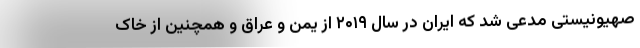
صهیونیستی مدعی شد که ایران در سال ۲۰۱۹ از یمن و عراق و همچنین از خاک